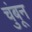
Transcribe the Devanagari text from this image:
चुंबून